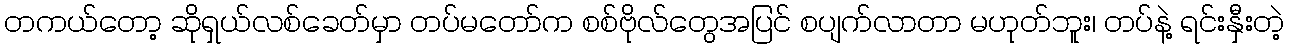
တကယ်တော့ ဆိုရှယ်လစ်ခေတ်မှာ တပ်မတော်က စစ်ဗိုလ်တွေအပြင် စပျက်လာတာ မဟုတ်ဘူး၊ တပ်နဲ့ ရင်းနှီးတဲ့